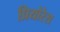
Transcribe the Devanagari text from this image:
प्रियोरेस